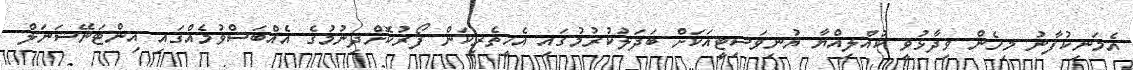
އެމަނިކުފާނު މިހެން ވިދާޅުވީ ކުއްލިއްޔާ ޔުނިވަސިޓީއަކަށް ބަދަލުކުރުމުގައި އެހީތެރިކަން ފޯރުކޮށްދިނުމުގެ އެއްބަސްވުމެއްގައި އިންޓަނޭޝަނަލް